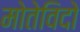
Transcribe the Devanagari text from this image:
मोतेविदो